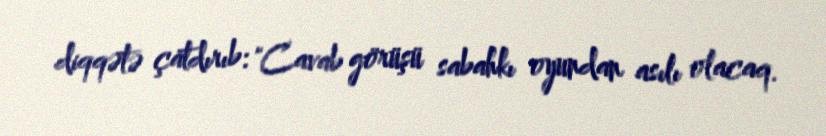
diqqətə çatdırıb: "Cavab görüşü sabahkı oyundan asılı olacaq.